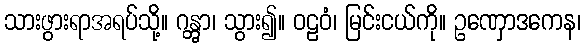
သားဖွားရာအရပ်သို့။ ဂန္တွာ၊ သွား၍။ ဝဠဝံ၊ မြင်းငယ်ကို။ ဥဏှောဒကေန၊